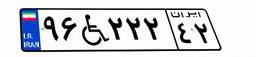
۹۶W۲۲۲۴۲